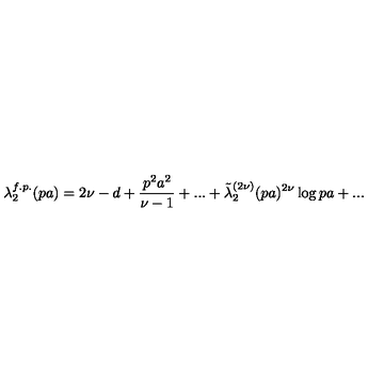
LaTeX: \lambda _ { 2 } ^ { f . p . } ( p a ) = 2 \nu - d + \frac { p ^ { 2 } a ^ { 2 } } { \nu - 1 } + . . . + \tilde { \lambda } _ { 2 } ^ { ( 2 \nu ) } ( p a ) ^ { 2 \nu } \log { p a } + . . .